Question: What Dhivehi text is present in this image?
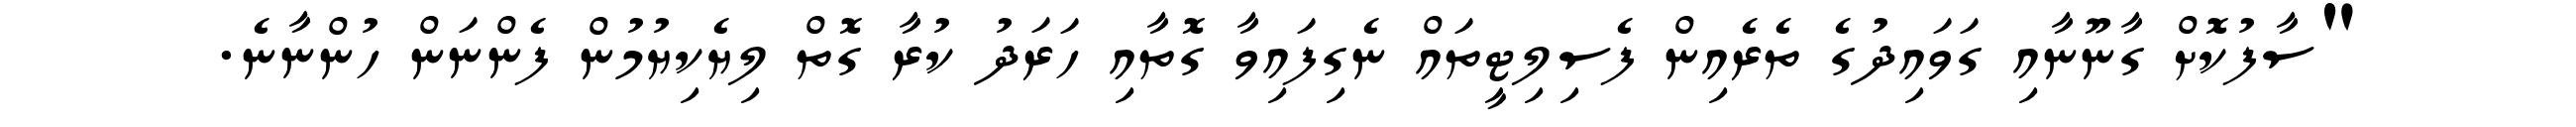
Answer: "ސާފުކޮށް ގާނޫނާއި ގަވައިދުގެ ތެރެއިން ފެސިލިޓީތައް ނެގިފައިވާ ގޮތާއި ހަރަދު ކުރާ ގޮތް ލިޔެކިޔުމުން ފެންނަން ހުންނާނެ.